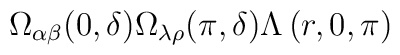
\Omega_{\alpha\beta}(0 ,\delta)\Omega_{\lambda \rho}(\pi ,\delta)\Lambda \left(r,0,\pi \right)